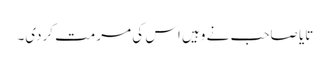
تایا صاحب نے وہیں اس کی مرمت کردی۔